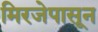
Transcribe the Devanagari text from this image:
मिरजेपासून